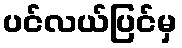
ပင်လယ်ပြင်မှ